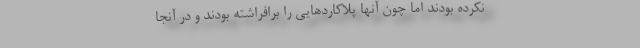
نکرده بودند اما چون آنها پلاکاردهایی را برافراشته بودند و در آنجا